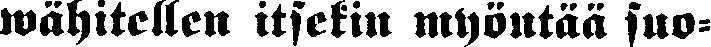
wähitellen itsekin myöntää suo-